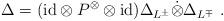
LaTeX: \begin{align*}\Delta=({\rm id}\otimes P^\otimes \otimes{\rm id})\Delta_{L^\pm}\dot{\otimes}\Delta_{L^\mp}~.\end{align*}